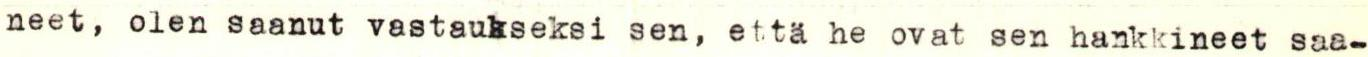
neet, olen saanut vastaukseksi sen, että he ovat sen hankkineet saa-